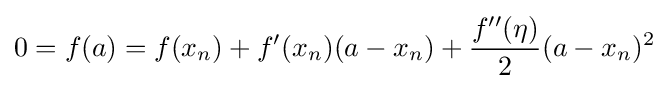
0=f(a)=f(x_{n})+f'(x_{n})(a-x_{n})+{\frac {f''(\eta )}{2}}(a-x_{n})^{2}